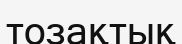
тозақтық